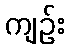
ကျဉ်း